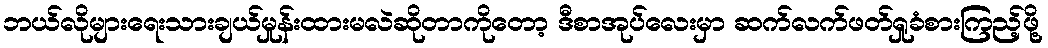
ဘယ်လိုများရေးသားချယ်မှုန်းထားမလဲဆိုတာကိုတော့ ဒီစာအုပ်လေးမှာ ဆက်လက်ဖတ်ရှုခံစားကြည့်ဖို့